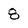
Character: 8